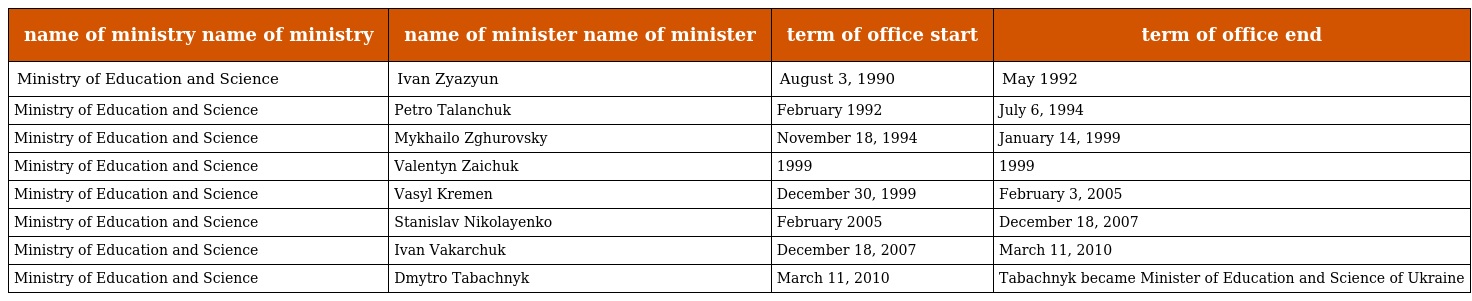
| name of ministry name of ministry | name of minister name of minister | term of office start | term of office end |
 | --- | --- | --- | --- |
 | Ministry of Education and Science | Ivan Zyazyun | August 3, 1990 | May 1992 |
 | Ministry of Education and Science | Petro Talanchuk | February 1992 | July 6, 1994 |
 | Ministry of Education and Science | Mykhailo Zghurovsky | November 18, 1994 | January 14, 1999 |
 | Ministry of Education and Science | Valentyn Zaichuk | 1999 | 1999 |
 | Ministry of Education and Science | Vasyl Kremen | December 30, 1999 | February 3, 2005 |
 | Ministry of Education and Science | Stanislav Nikolayenko | February 2005 | December 18, 2007 |
 | Ministry of Education and Science | Ivan Vakarchuk | December 18, 2007 | March 11, 2010 |
 | Ministry of Education and Science | Dmytro Tabachnyk | March 11, 2010 | Tabachnyk became Minister of Education and Science of Ukraine |